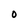
Character: O